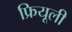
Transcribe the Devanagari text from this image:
फ्रियूली